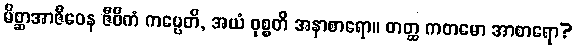
မိစ္ဆာအာဇီဝေန ဇီဝိကံ ကပ္ပေတိ, အယံ ဝုစ္စတိ အနာစာရော။ တတ္ထ ကတမော အာစာရော?